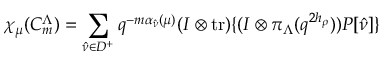
\chi _ { \mu } ( C _ { m } ^ { \Lambda } ) = \sum _ { \hat { \nu } \in D ^ { + } } q ^ { - m \alpha _ { \hat { \nu } } ( \mu ) } ( I \otimes \mathrm { t r } ) \{ ( I \otimes \pi _ { \Lambda } ( q ^ { 2 h _ { \rho } } ) ) P [ \hat { \nu } ] \}